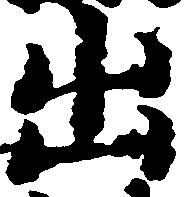
出